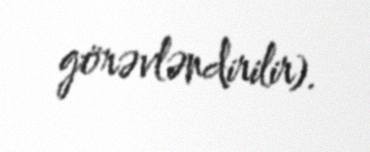
görəvləndirilir).